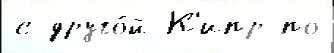
с друго́й К'ипр по